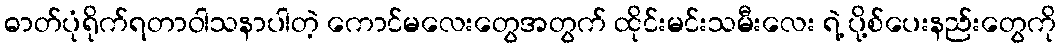
ဓာတ်ပုံရိုက်ရတာဝါသနာပါတဲ့ ကောင်မလေးတွေအတွက် ထိုင်းမင်းသမီးလေး ရဲ့ ပို့စ်ပေးနည်းတွေကို